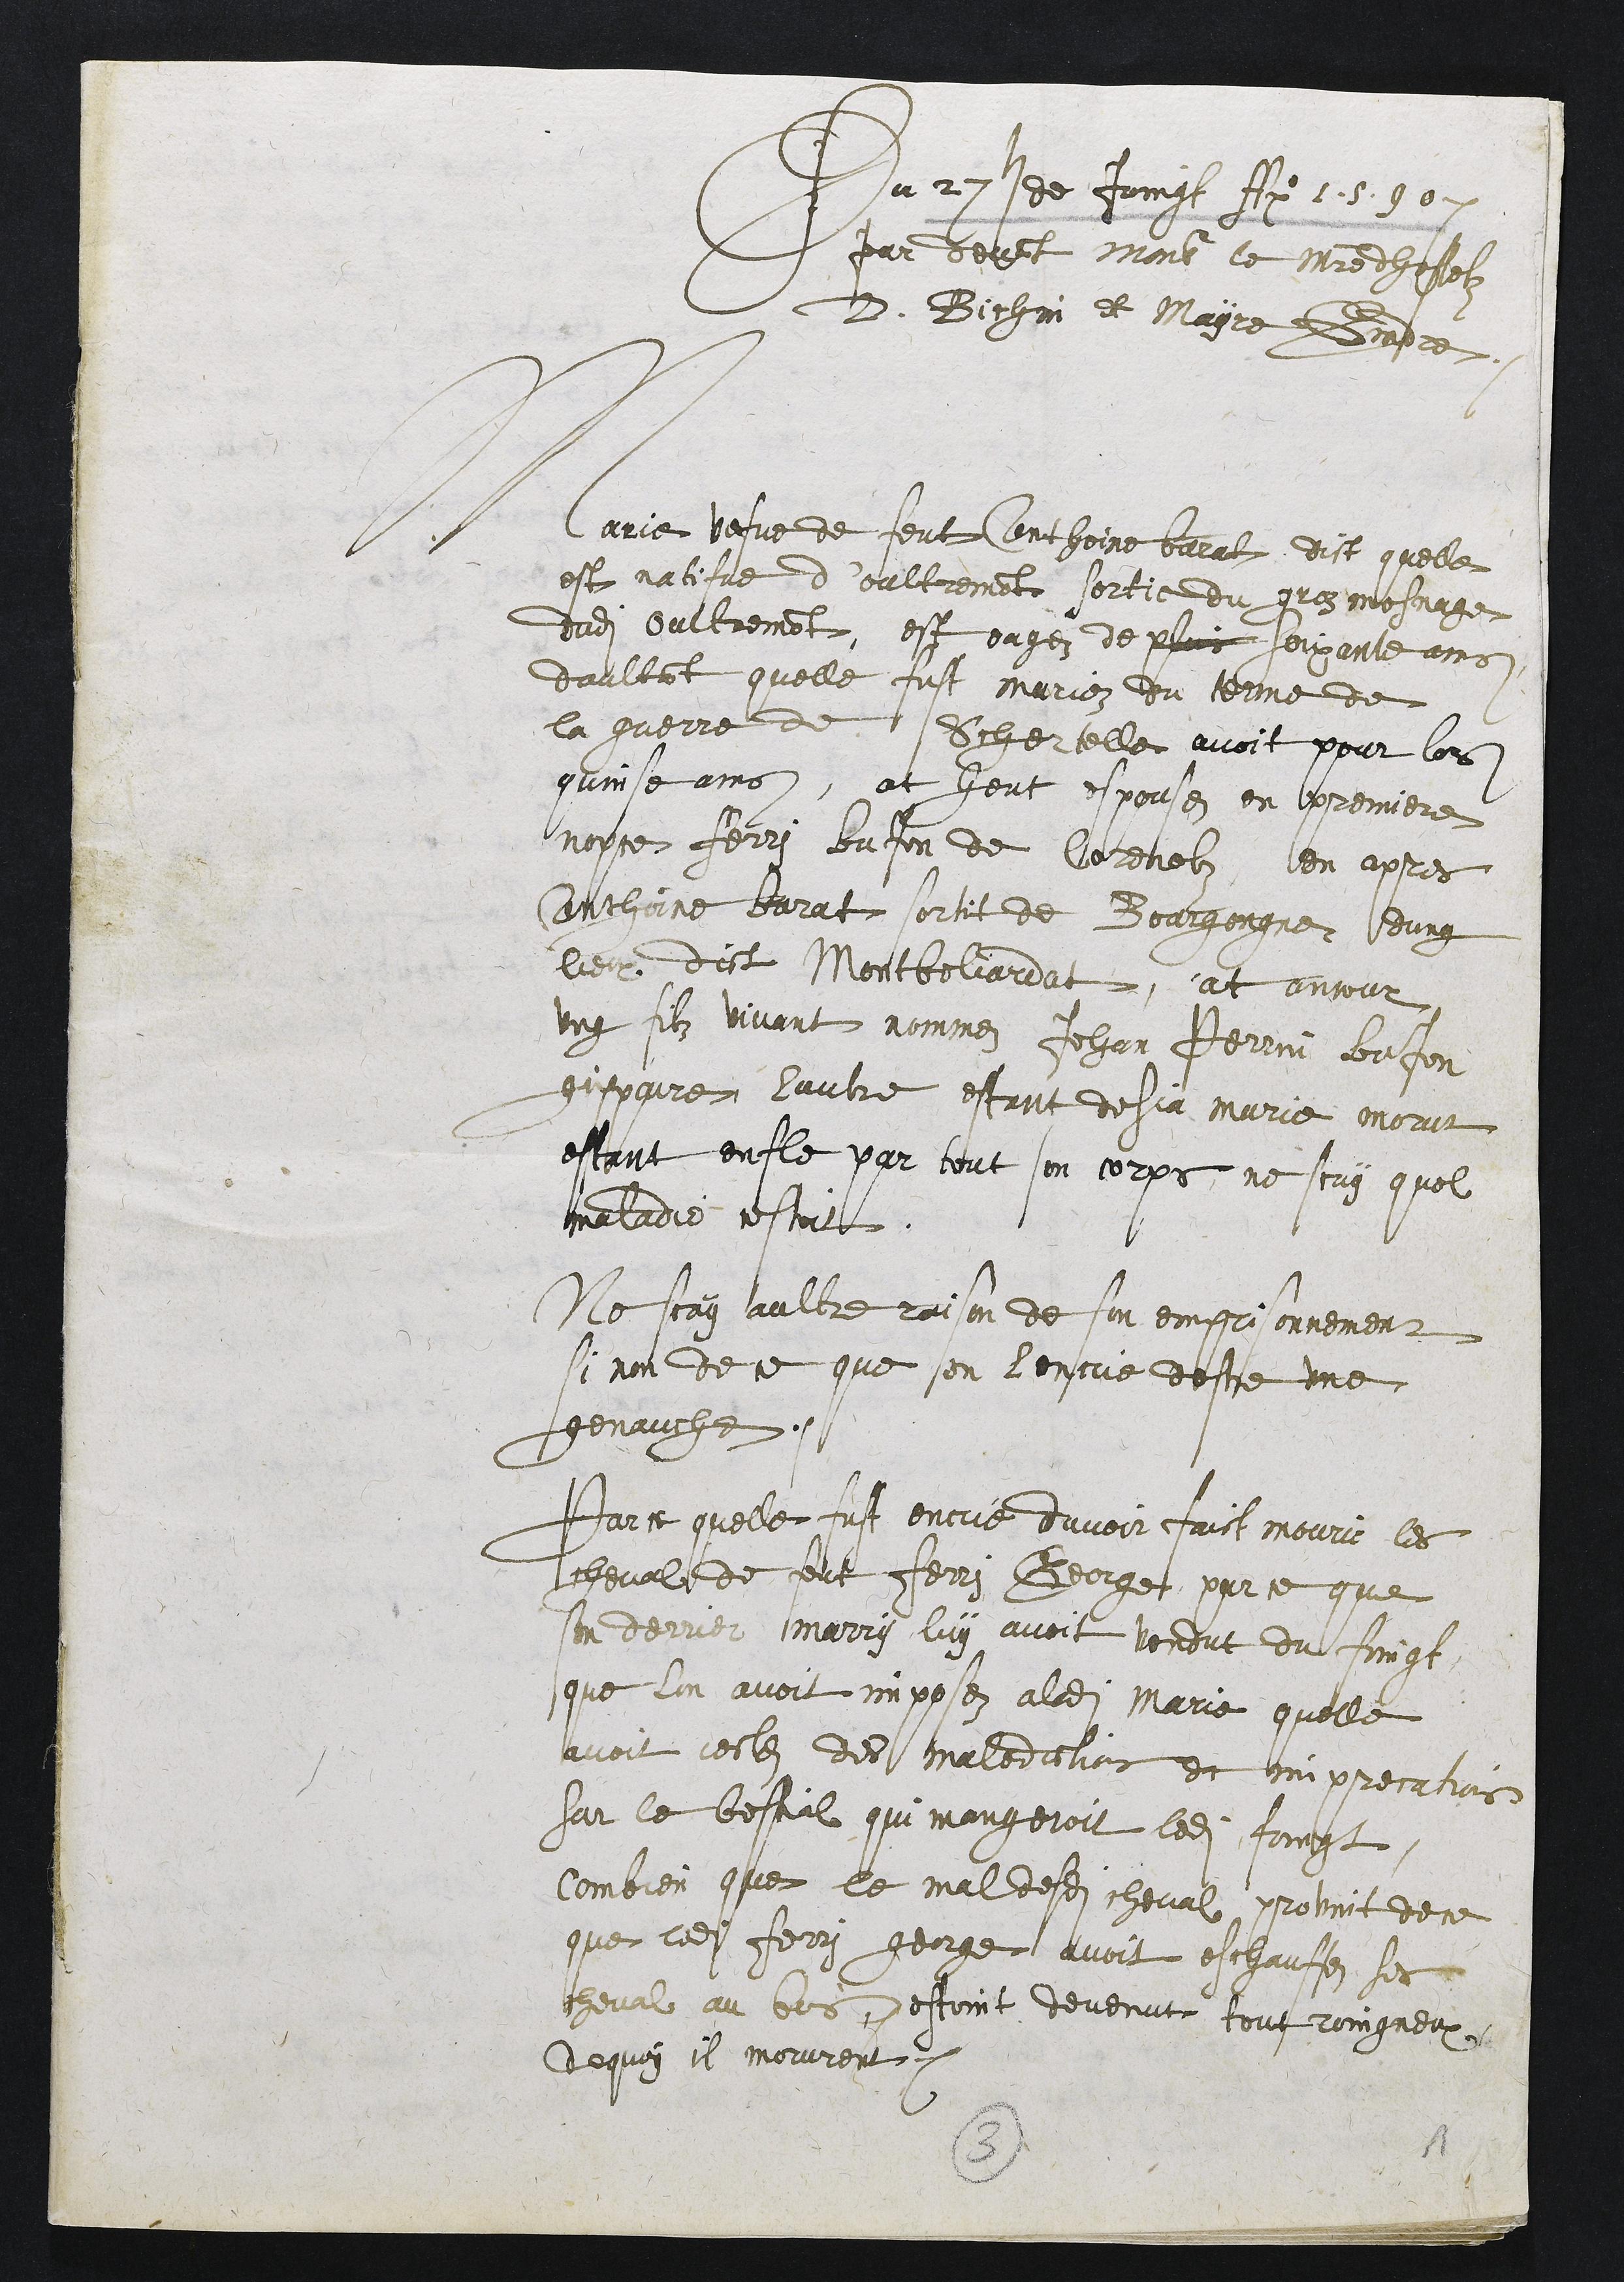
Du 27e de Juunf Ao. 11550
par devant mons le maistre deoselz
D. Bichin et Mayre Bindre.
Marie vefve de feut Cnthoine beralx dict quelle
est natifue d'oultrement sortie du groz mosnage
dudit Oultremont, est eagez de plus soixante ans
daultant quelle fust mariez du tenme de
la querre de Schertelle avoit pour lors
quinse ains, at heut espousez en premiere
nopce Ferri bnfon de Corenolz, en apres
Anthine barat sortit de Bourgongne eung
lieu dict Montbeliardat, at anjour
ung filz vivant nommez Jehan Perrin Bafon
gispoure lautre estant desja marie morur
estant enfle par tout son corps, ne scay quel
maladie estoit
Ne scay aultre raison de son emprionnement
si non de ce que sen lentue destre une
genauche.
Parce quelle fust encuie davoir faict mourir les
cheval de feut Ferri George, par ce que
son derrer marry luy avoit vendut du fingt,
que lon avoit imposez aladite Marie quelle
avoit cestes des maledictions et com precatiois
sar le bestial qui mangeroit ledit foingt
Combien que le mal desdits cheval proviit de ce
que ledit Ferry george avoit eschautfez ses
cheval au bos pestoint devenut toutroingneu
de quoy il morurent.